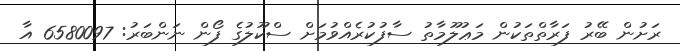
ރަށުން ބޭރު ފަރާތްތަކުން މަޢުލޫމާތު ސާފުކުރެއްވުމަށް ސްކޫލުގެ ފޯން ނަންބަރު: 6580097 އާ